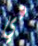
هي